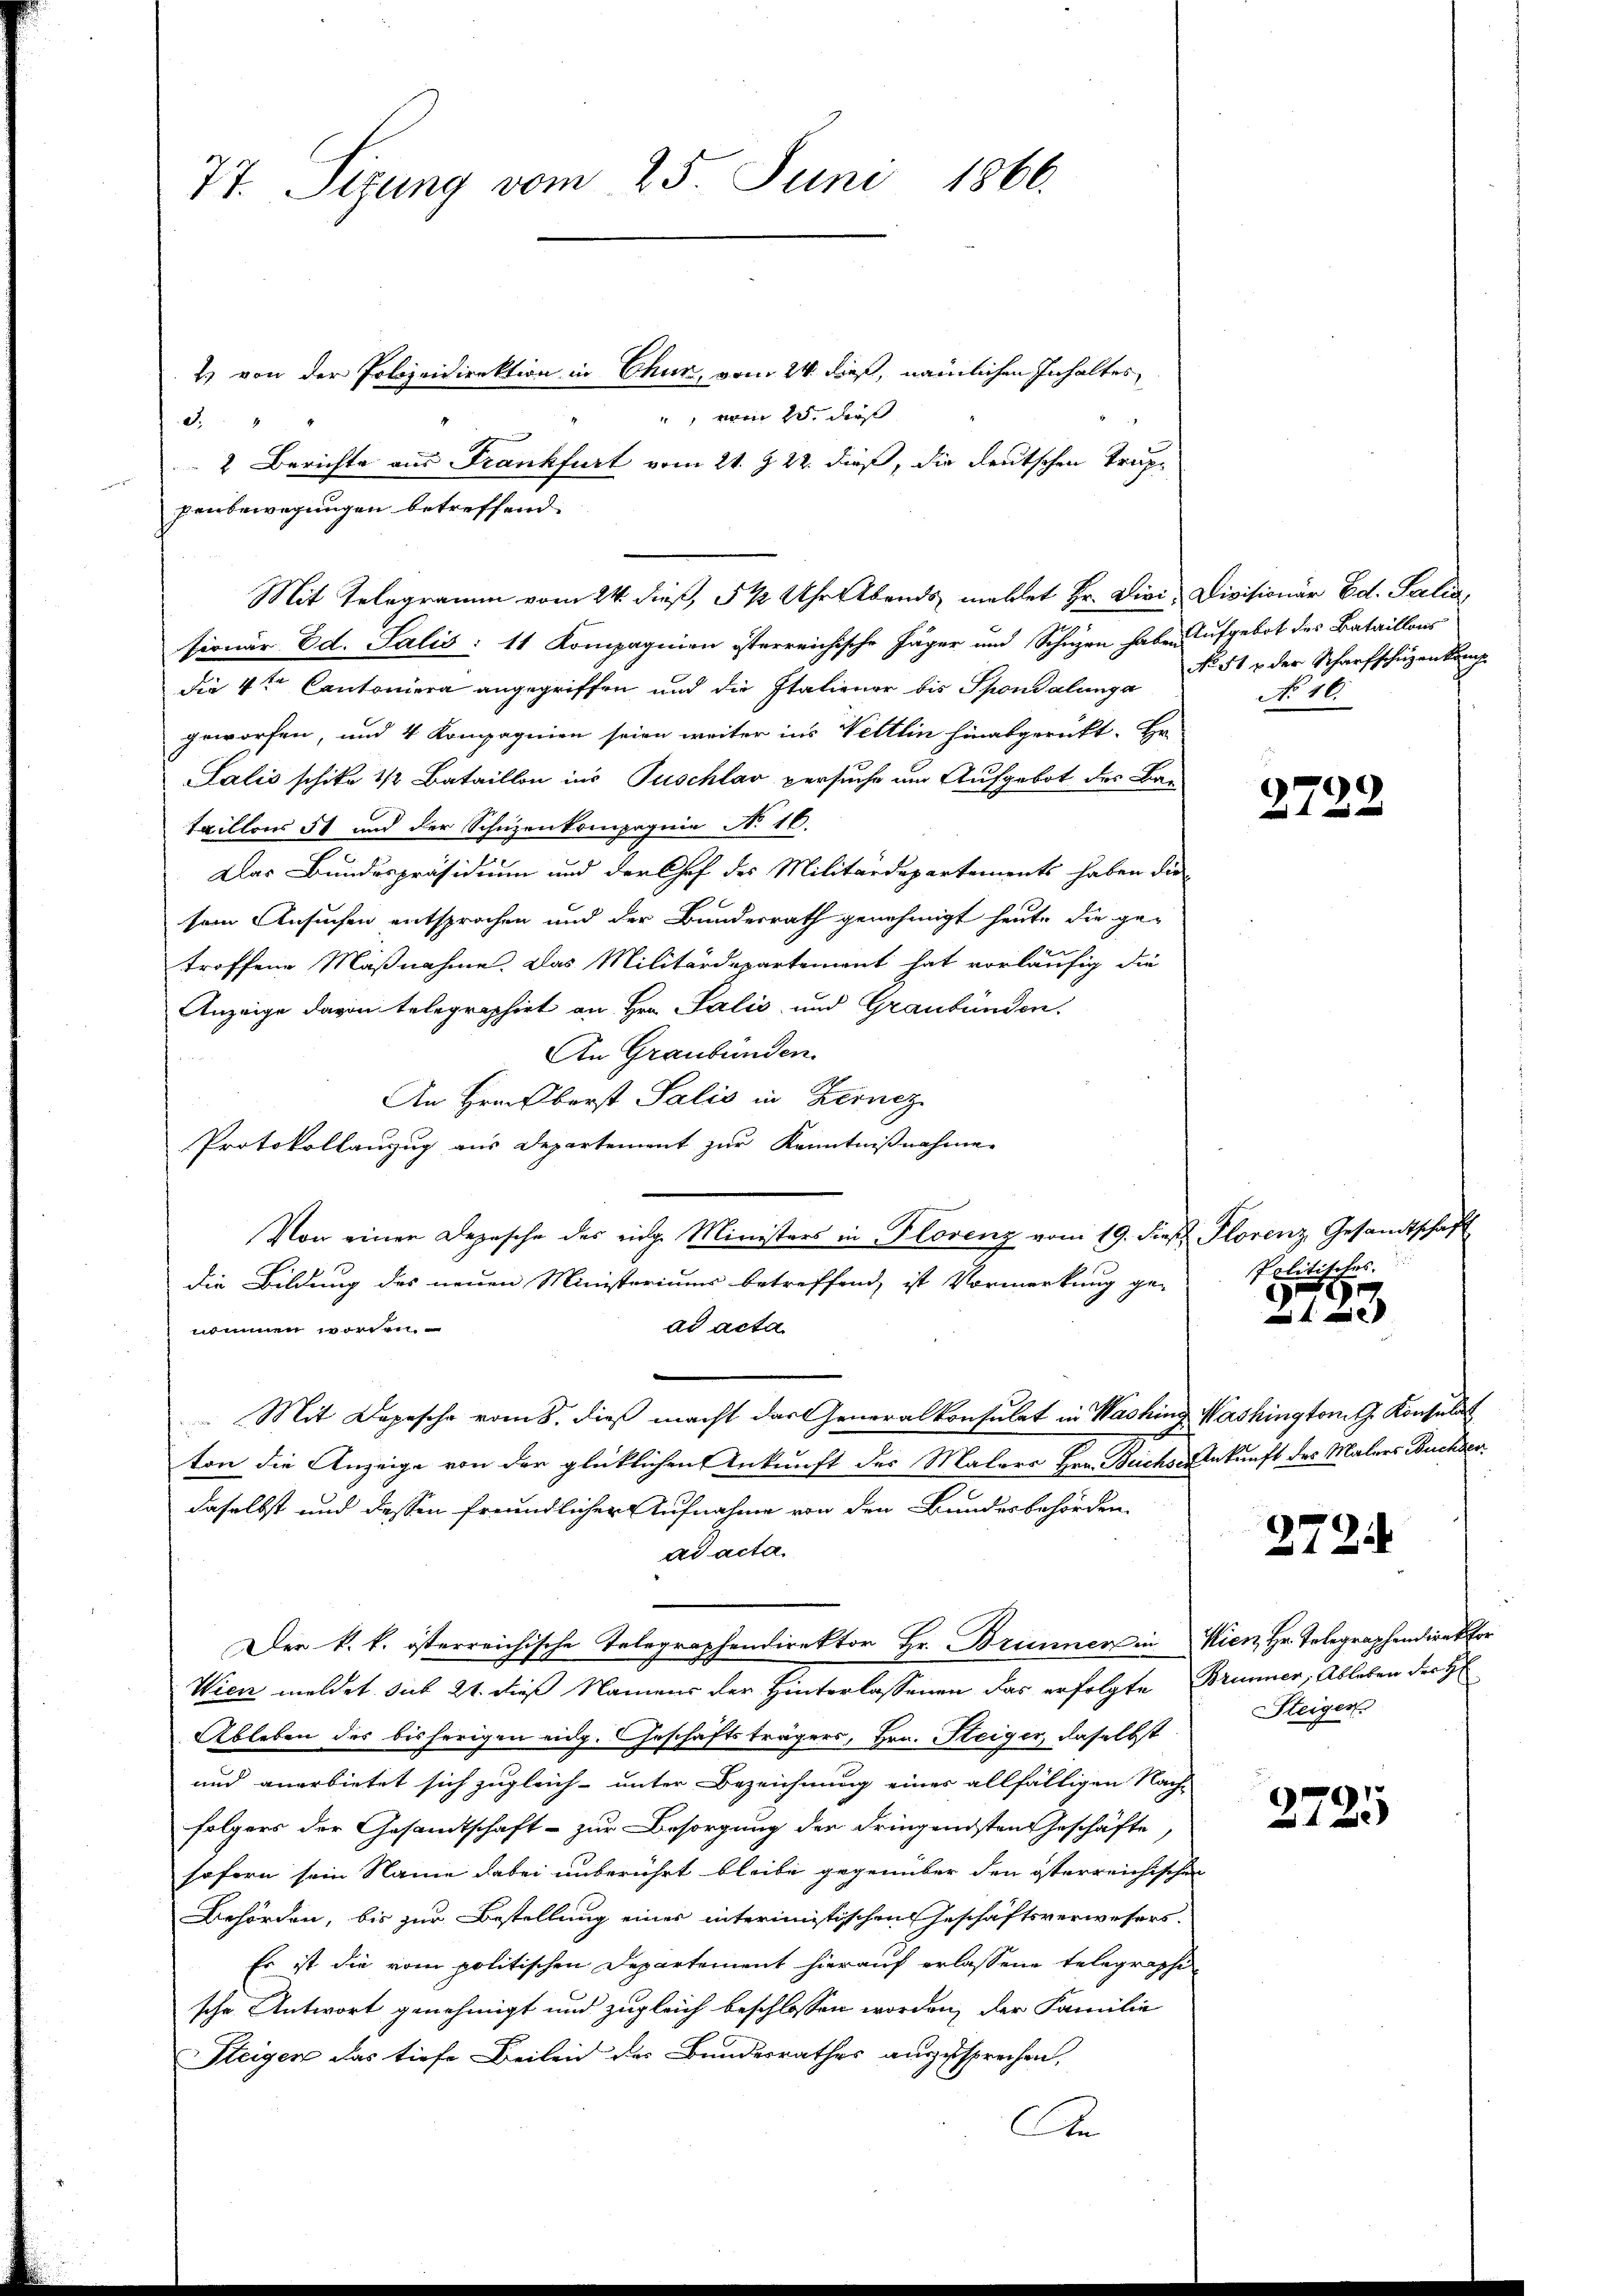
77. Sizung vom 25. Juni 1866.

2) von der Polizeidirektion in Chur, vom 24. dieß, nämlichen Inhaltes
" vom 2. die

d.
e
2 Berichte aus Frankfurt vom 21. d. 22. dieß, die deutschen Truppenbewegungen betreffend.
Fionär Ed. Salis: 11 Kompagnien iterreichische Jäger und Schuzen haben Aufgebot des Bataillons
die 4ten Cantoniera angegriffen und die Italiener bis Spondalunga
geworfen, und 4 Kompagnien seien weiter ins Veltlin hinabgerückt. Hr.
Salis schike 1/2 Bataillon ins Tuschlav versuche um Aufgebot des Bar-
taillons 51 und der Schüzenkompagnie No. 16.
Das Bundespräsidium und der Chef des Militärdepartements haben die
sein Ansuchen entsprochen und der Bundesrath genehmigt heute die getroffene Maßnahme. Das Militärdepartement hat vorläufig die
Anzeige davon telegraphirt an Hrn. Salis und Graubünden.
An Graubünden.
An Freiberst Salis in Kernez
Protokollanzug aus Departement zur Kenntnißnahme
Von einen Depesche des eidg. Ministers in Florenz vom 19. dieβ Plorenz Gesandtschaft
die Bildung des neuen Ministeriums betreffend, ist Vormerkung ge-
ad acta
nommen worden
Mit Depesche vom 8. dieß macht das Generalkonsulat in Washing Washington G. Konsulat
ton die Anzeige von der glücklichen Ankunft des Malers Hrn. Beichs-Ankunft des Malers Buchber
daselbst und dessen freundlicher Aufnahme von den Bundesbehörden.
ad acta.
Der k. k. österreichische Telegraphendirektor Hr. Brunner in Wien, Hr. Telegraphendirektor
Wien meldet sub 21. dieß Namens der Hinterlassenen das erfolgte Brunner, Ableben der H
Ableben des bisherigen eidg. Geschäftsträgers, Hrn. Steiger, daselbst
und anerbietet sich zugleich- unter Bezeichnung eines allfälligen Nach-
folgers der Gesandtschaft - zur Besorgung der dringendsten Geschäfte,
saforn sein Name dabei unberührt bleibe gegenüber den österreichischen
Behörden, bis zur Bestellung einer interimistischen Geschäftsverwesers.
Es ist die vom politischen Departement hierauf erlassene telegraphi-
sche Antwort genehmigt und zugleich beschlossen worden, der Familie
Steigen das tiefe Beileid des Bundesrathes auszusprechen,
An

Mit Telegramm vom 24. dieß, 5 ½ Uhr Abends mahlet Hr. Diri, Divisionär Ed. Seelia,

No 512 der Scharfschüzenkenh
No 46.

2722

Politisches
r

2724

Steigen

2725